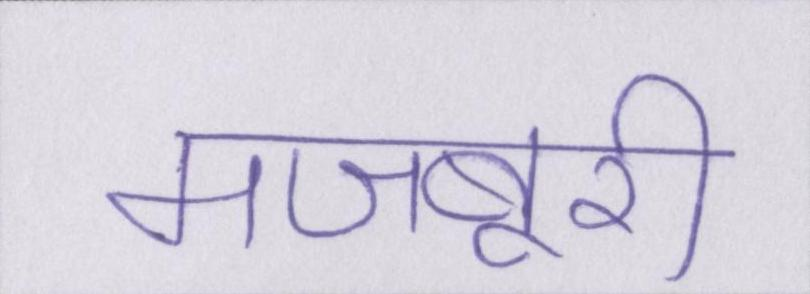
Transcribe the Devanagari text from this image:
मजबूरी